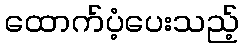
ထောက်ပံ့ပေးသည့်